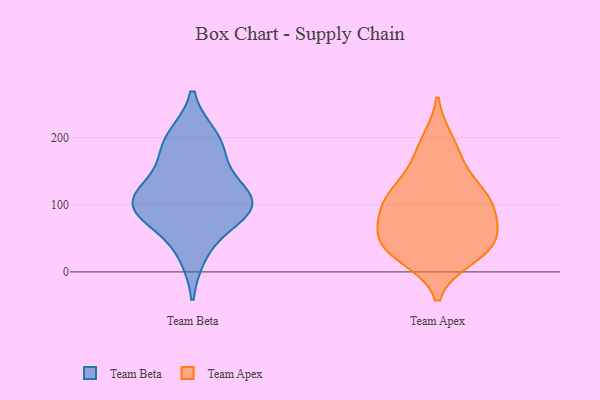
{"axis": {"x": "LTV (USD)", "y": "Value"}, "legend": ["Team Apex", "Team Beta"], "data": [{"x": "", "y": 97, "type": "Team Beta"}, {"x": "", "y": 102, "type": "Team Beta"}, {"x": "", "y": 124, "type": "Team Beta"}, {"x": "", "y": 175, "type": "Team Beta"}, {"x": "", "y": 27, "type": "Team Beta"}, {"x": "", "y": 126, "type": "Team Beta"}, {"x": "", "y": 98, "type": "Team Beta"}, {"x": "", "y": 193, "type": "Team Beta"}, {"x": "", "y": 200, "type": "Team Beta"}, {"x": "", "y": 89, "type": "Team Beta"}, {"x": "", "y": 81, "type": "Team Beta"}, {"x": "", "y": 44, "type": "Team Apex"}, {"x": "", "y": 132, "type": "Team Apex"}, {"x": "", "y": 106, "type": "Team Apex"}, {"x": "", "y": 94, "type": "Team Apex"}, {"x": "", "y": 51, "type": "Team Apex"}, {"x": "", "y": 57, "type": "Team Apex"}, {"x": "", "y": 22, "type": "Team Apex"}, {"x": "", "y": 50, "type": "Team Apex"}, {"x": "", "y": 179, "type": "Team Apex"}, {"x": "", "y": 33, "type": "Team Apex"}, {"x": "", "y": 90, "type": "Team Apex"}, {"x": "", "y": 27, "type": "Team Apex"}, {"x": "", "y": 98, "type": "Team Apex"}, {"x": "", "y": 195, "type": "Team Apex"}, {"x": "", "y": 107, "type": "Team Apex"}, {"x": "", "y": 141, "type": "Team Apex"}]}